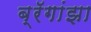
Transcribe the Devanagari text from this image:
ब्रॅगांझा